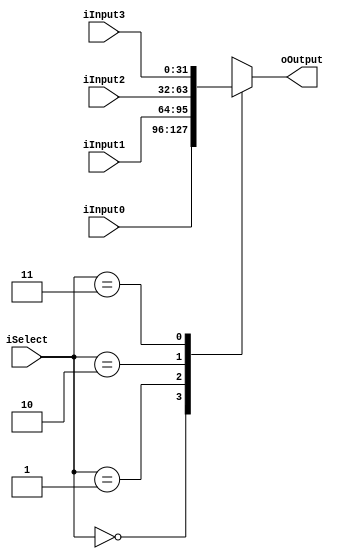
module MUX4X1 #(parameter SIZE=32) 
(
	input wire[SIZE-1:0] iInput0,
	input wire[SIZE-1:0] iInput1,
	input wire[SIZE-1:0] iInput2,
	input wire[SIZE-1:0] iInput3,
	input wire[1:0] iSelect,
	output reg[SIZE-1:0] oOutput	
);
always @(*) begin
case (iSelect)
2'd0: oOutput=iInput0;
2'd1: oOutput=iInput1;
2'd2: oOutput=iInput2;
2'd3: oOutput=iInput3;
endcase
end
endmodule